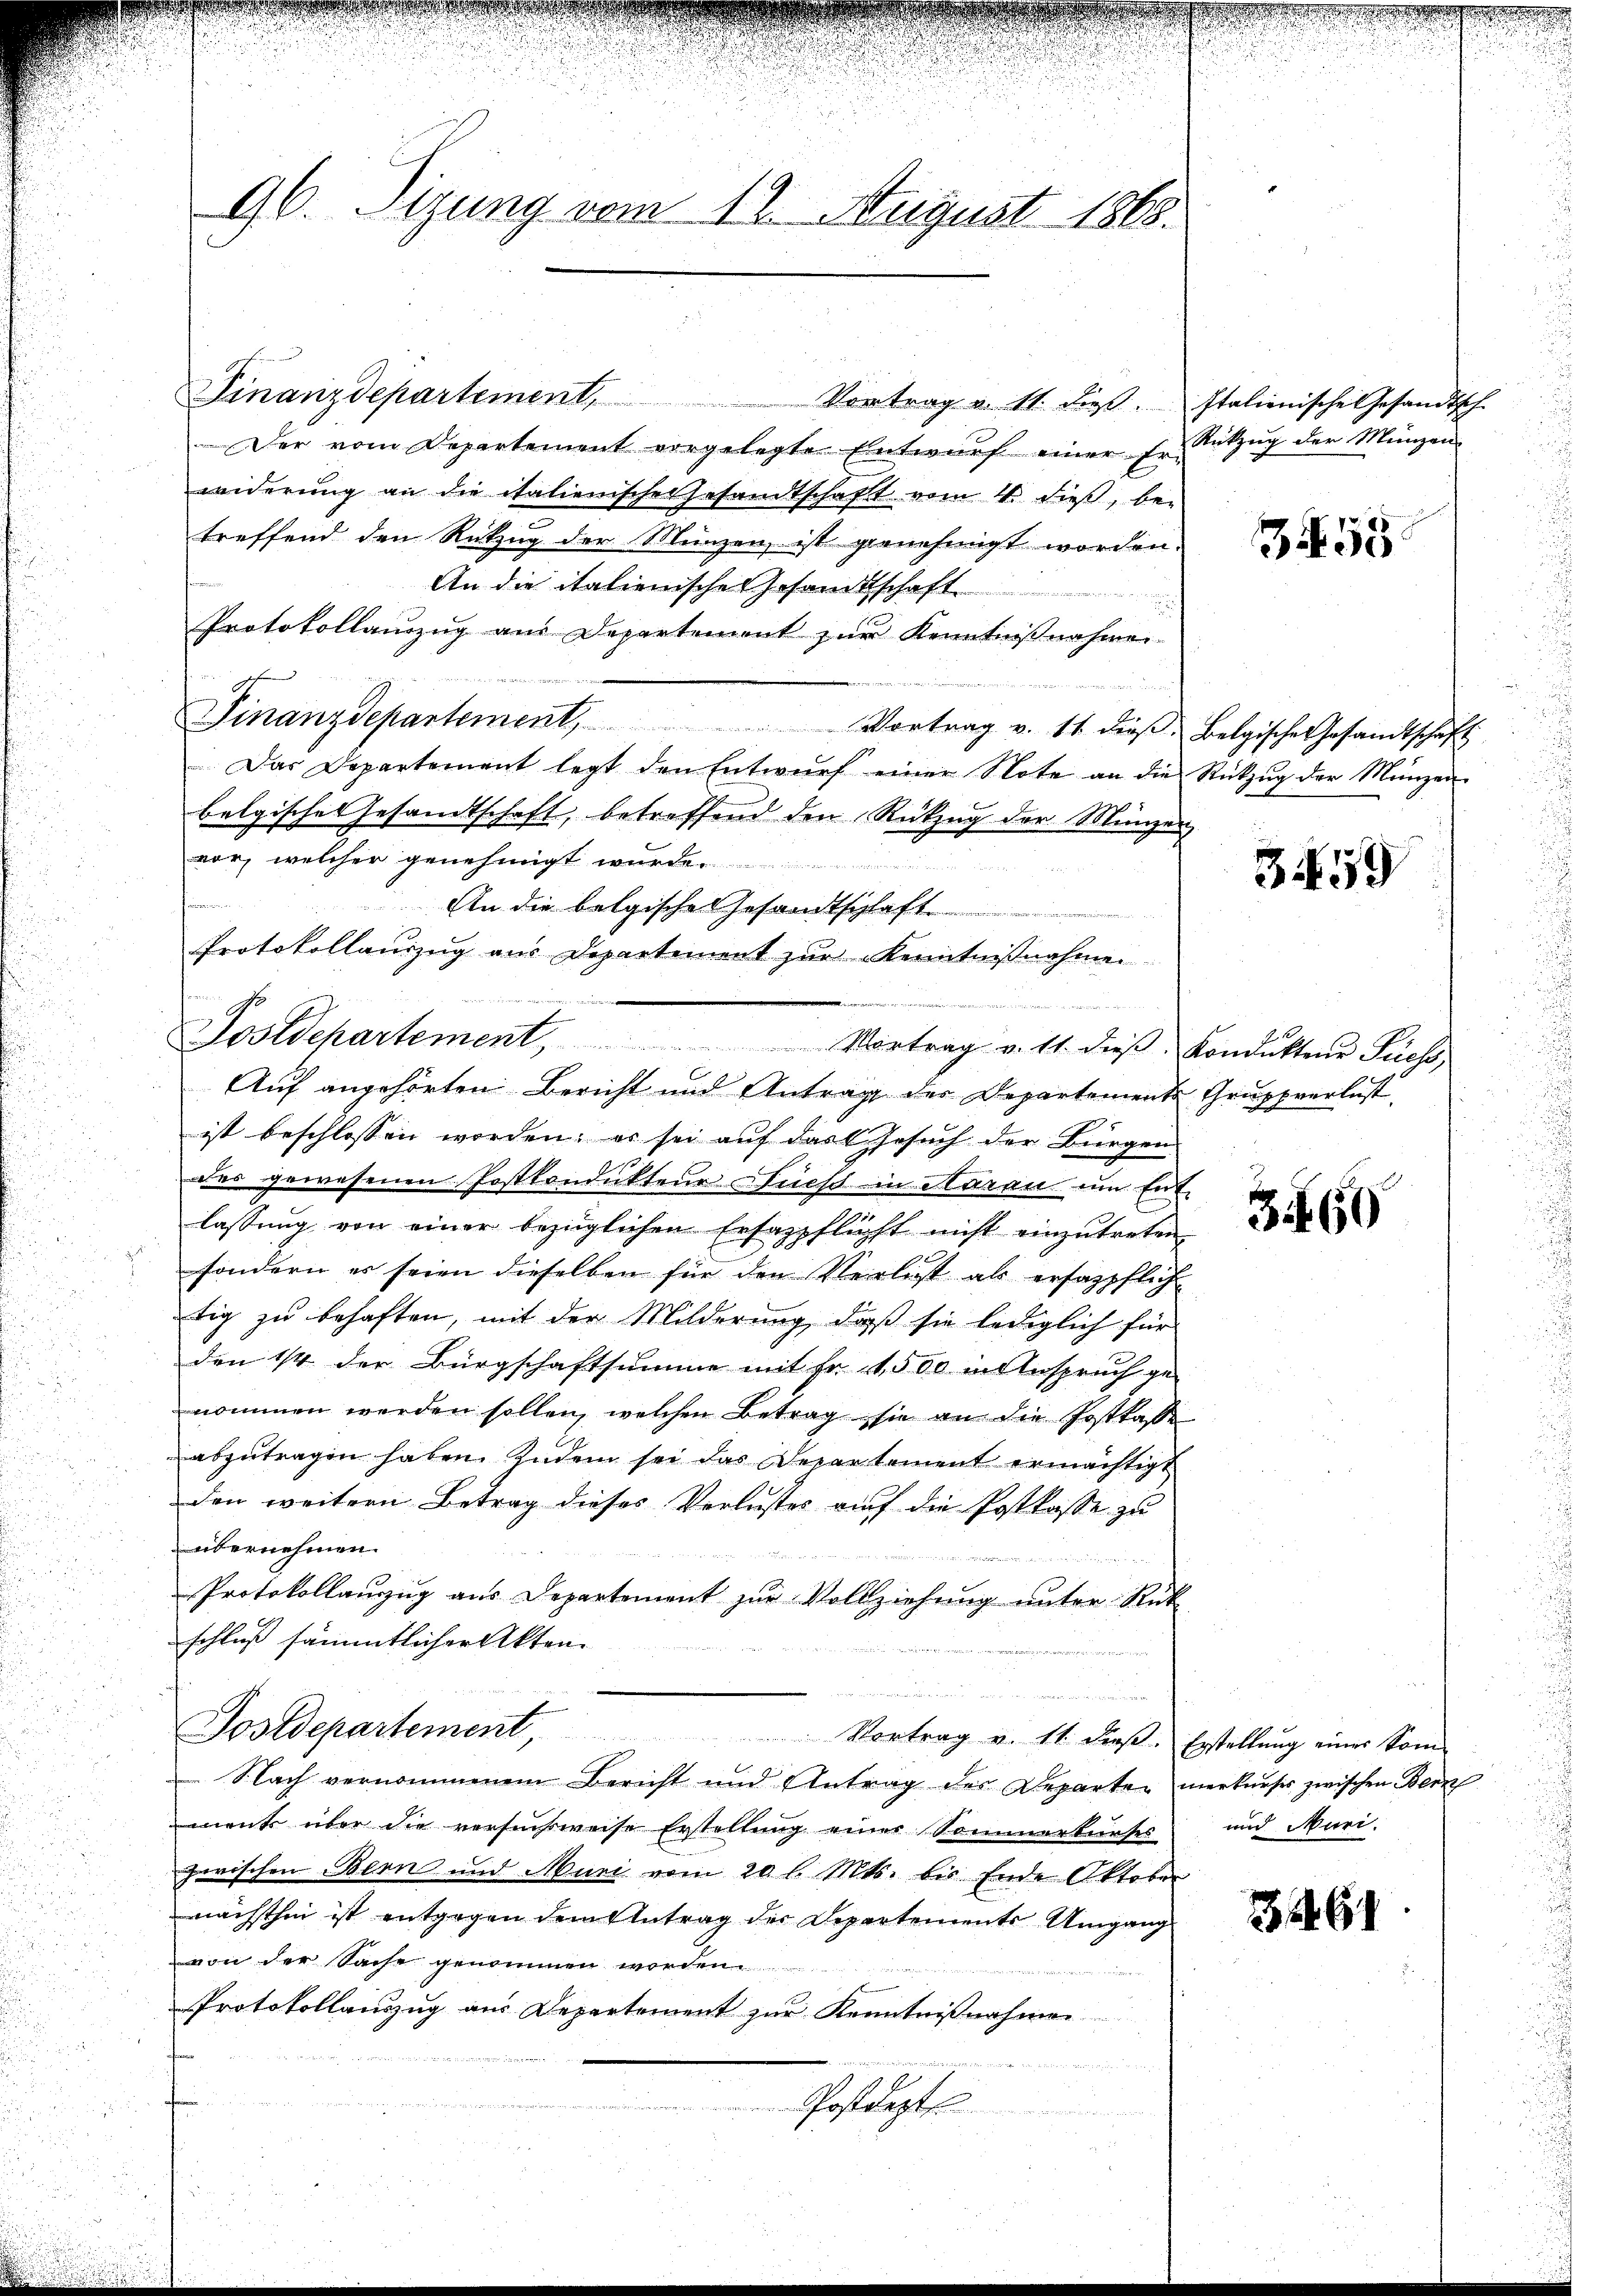
96. Sizung vom 12. August 1868.

Finanzdepartement, Vortrag v. 11. dieβ.
Der vom Departement vorgelegte Entwurf einer Er. Rützŭg der Münzen
widerung an die italienische Gesandtschaft vom 4. dieß, be-
treffend den Rückzug der Münzen, ist genehmigt worden.
An die italienische Gesandtschaft
Protokollauszug aus Departement zur Kenntnißnahmen.
41
Finanzdepartement, Vortrag v. 11. dieβ. Belgische Gesandtschaft
Das Departement legt den Entwurf einer Note an die
belgisches Gesandtschaft, betreffend den Rückzug der Münzer
vor, welcher genehmigt wurde.
e
drei
An die belgische Gesandtschlaft
Protokollauszug aus Departement zur Kenntnißnahme
22
Ge
n
ist beschlossen worden; es sei auf das Gesuch der Bürgen
des gewesenen Postkonduktene Diess in Aarau um Ent-
lassung von einer bezüglichen Ersatzpflicht nicht einzutreten.
sondern es seien dieselben für den Verlust als ersazpflich
tig zu behaften, mit der Milderung, daß sie lediglich für
den 1/4 der Bürgschaftsumme mit Fr. 1,500 in Anspruch ge-
nommen werden sollen, welchen Betrag sie an die Posttasse
abzŭtragen haben. Zudem sei das Departement ermächtigt
den weitern Betrag dieses Verlustes auf die Postkasse zu
übernehmen.

Protokollanzug aus Departement zur Vollziehung unter Rük
schluß sämmtlicher Akten.
Postdepartement, Vortrag v. 11. dieβ. Erstellŭng einer kom-
 Nach vernommenem Bericht und Antrag des Departen merkurses zwischen Bern
ments über die versuchsweise Erstellung eines Sommerkurses
zwischen Bern und Muri vom 20 l. Mts. bis Ende Oktober
nächsthin ist entgegen dem Antrag der Departements Umgang
von der Sache genommen worden.
Protokollauszug aus Departement zur Kenntnißnahmen
Postdept
u

r
d
Sostdepartement, Vortrag v. 11. dieβ Kondukteur Pächs
Auf angehörten Bericht und Antrag der Departemente Gruppverlust

Meer

Italienische Gesandtsch-

355

Rückzug der Münzen

n

3459

366

und Nuri.

.